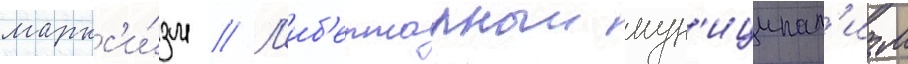
маркс'и́зм // Л'иб'ертарныи мун'иципал'изм